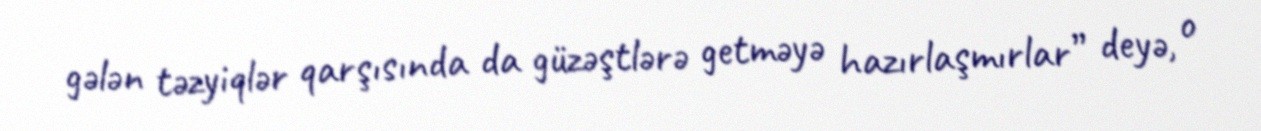
gələn təzyiqlər qarşısında da güzəştlərə getməyə hazırlaşmırlar” deyə, o